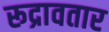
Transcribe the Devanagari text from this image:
रूद्रावतार